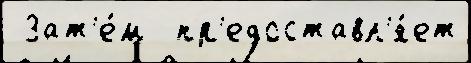
 Зат'е́м  пр'едоставл'я́ет